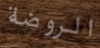
الروضة